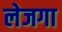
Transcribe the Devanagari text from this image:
लेजगा